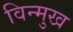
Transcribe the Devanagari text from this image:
विन्‍मुख